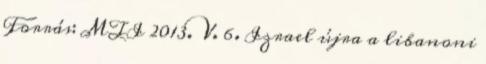
Forrás: MTI 2013. V. 6. Izrael újra a libanoni